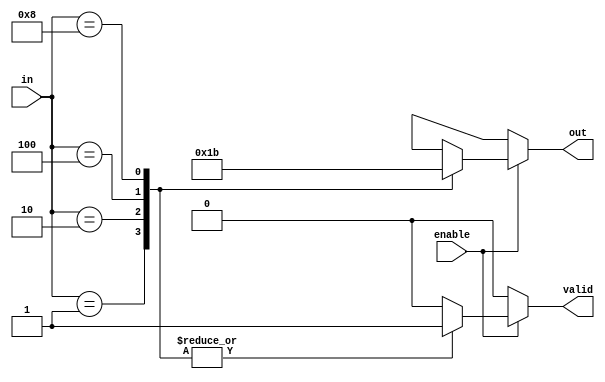
module multilevel_encoder (
    input wire [3:0] in,      // 4 input lines
    input wire enable,        // Enable signal
    output reg [1:0] out,     // 2 output lines
    output reg valid          // Indicates valid output
);

// Encoding logic with priority
always @(*) begin
    if (enable) begin
        valid = 1'b0; // Default valid to false
        // Priority encoding
        casez (in)
            4'b0001: begin
                out = 2'b00;
                valid = 1'b1;
            end
            4'b0010: begin
                out = 2'b01;
                valid = 1'b1;
            end
            4'b0100: begin
                out = 2'b10;
                valid = 1'b1;
            end
            4'b1000: begin
                out = 2'b11;
                valid = 1'b1;
            end
            default: begin
                out = 2'bxx; // Invalid state
                valid = 1'b0; // No valid output
            end
        endcase
    end else begin
        // When disabled, output is in idle state
        out = 2'bxx; // Indicate idle state
        valid = 1'b0; // Invalid output
    end
end

endmodule